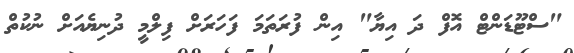
"ސްޓޫޑަންޓް އޮފް ދަ އިޔާ" އިން ފުރަތަމަ ފަހަރަށް ފިލްމީ ދުނިޔެއަށް ނުކުތް